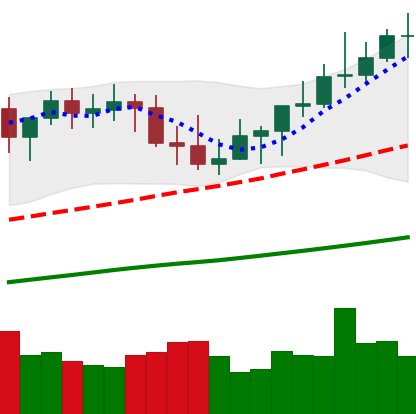
Ticker: XMR-USD
Chart end date: 2021-04-03
Forward return: 3.491%
Label: up_3_5